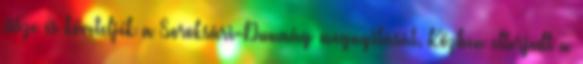
össze és követeljék a Soroksári-Dunaág megnyitását. Közben elterjedt a